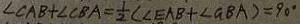
\angle C A B + \angle C B A = \frac { 1 } { 2 } ( \angle E A B + \angle G B A ) = 9 0 ^ { \circ }